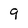
Character: 9